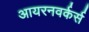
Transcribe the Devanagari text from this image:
आयरनवर्कर्स